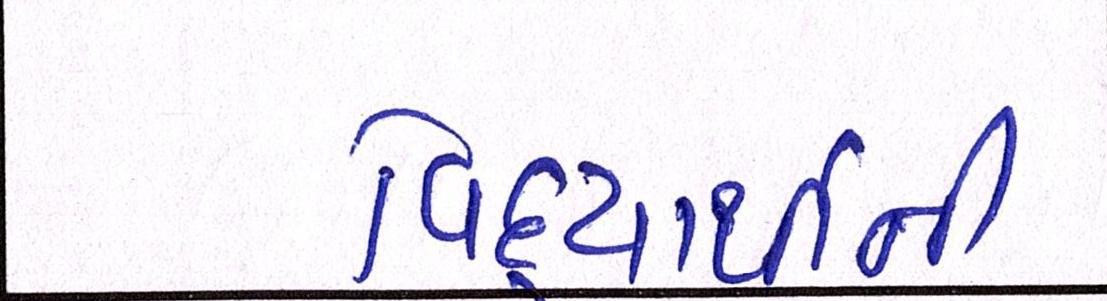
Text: વિદ્યાર્થીની